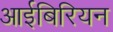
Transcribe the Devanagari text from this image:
आईबिरियन